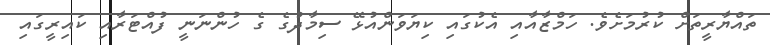
ތައްޔާރީތަށް ކުރުމަށެވެ. ހަމްޒާއާއި އެކުގައި ކިޔަވަންއުޅޭ ސިމާދުގެ ގެ ހުންނަނީ ފުއްޓަރާއި ކައިރީގައި